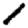
Digit: 1